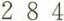
2 8 4